Lunatic asylums in Bengal annual reports 1899-1911 - 1899-1911
Year: 1899
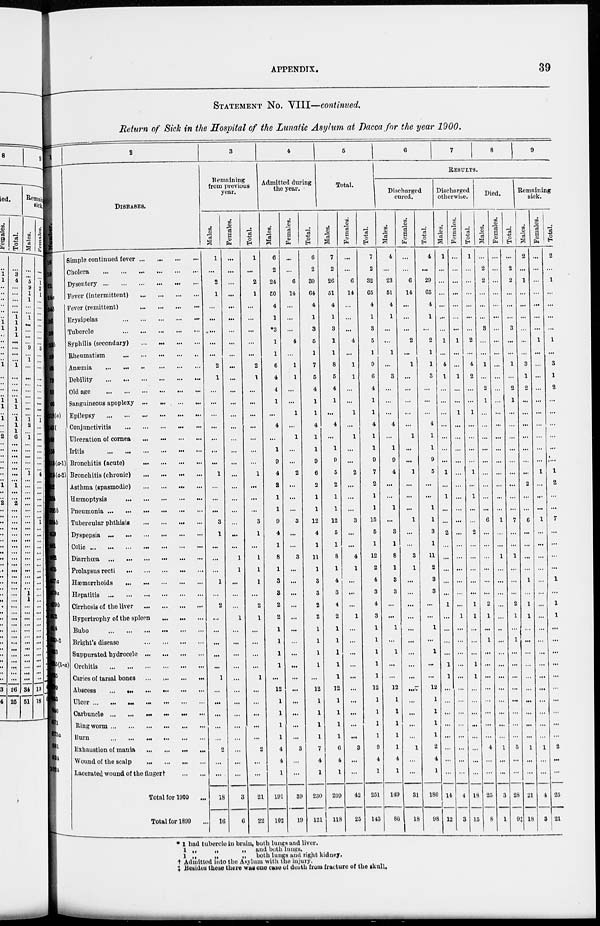
APPENDIX.
39
STATEMENT NO. VIII—continued.
Return of Sick in the Hospital of the Lunatic Asylum at Dacca for the year 1900.
1
Number.
16
18
21
24a
24b
26
30
33b
59
68
79
80
96
118(a)
143(b)
149
156
3l5(a-1)
315(a-2)
322
324
326b
334b
419
461
462
475
477a
479a
479b
512
514
539-2
623
625(1-a)
635
639
643
846
871
873a
881
944
1024
2
DISEASES.
Simple continued fever
...
...
...
...
Cholera
...
...
...
...
...
...
...
Dysentery ... ... ... ... ... ...
Fever (intermittent)
...
...
...
...
Fever (remittent)
...
...
...
...
...
Erysipelas
...
...
...
...
...
Tubercle
...
...
...
...
...
Syphilis (secondary)
...
...
...
...
Rheumatism
...
...
...
...
...
...
Anæmia
...
...
...
...
...
...
Debility
...
...
...
...
...
...
Old age
...
...
...
...
...
...
Sanguineous apoplexy ... ... ... ... ...
Epilepsy ... ... ... ... ... ...
Conjunctivitis
...
...
...
...
...
Ulceration of cornea
...
...
...
...
Iritis
...
...
...
...
...
Bronchitis (acute)
...
...
...
...
Bronchitis (chronic)
...
...
...
...
Asthma (spasmodic) ... ... ... ...
Hæmoptysis
...
...
...
...
...
Pneumonia ... ... ... ... ... ... ...
Tubercular phthisis
...
...
...
Dyspepsia ... ... ... ... ... ... ...
Colic
...
...
...
...
...
...
...
Diarrhœa ... ... ... ... ... ... ...
Prolapsus recti
...
...
...
...
...
Hæmorrhoids
...
...
...
...
...
Hepatitis
...
...
...
...
...
...
Cirrhosis of the liver
...
...
...
...
Hypertrophy of the spleen
...
...
...
Bubo ... ... ... ... ... ...
Bright's disease
...
...
...
...
Suppurated hydrocele
...
...
...
...
Orchitis
...
...
...
...
...
...
Caries of tarsal bones ... ... ... ...
Abscess
...
...
...
...
...
...
Ulcer
...
...
...
...
...
...
Carbuncle
...
...
...
...
...
...
Ringworm
...
...
...
...
...
...
Burn
...
...
...
...
...
...
Exhaustion of mania
...
...
...
...
Wound of the scalp
...
...
...
...
Lacerated wound of the Anger†
...
...
Total for 1900 ...
Total for 1899 ...
3
Remaining
from previous
year.
Males.
1
...
2
1
...
...
...
...
...
2
1
...
...
...
...
...
...
...
1
...
...
...
3
1
...
...
...
1
...
2
...
...
...
...
...
1
...
...
...
...
...
2
...
...
18
16
Females.
...
...
...
...
...
...
...
...
...
...
...
...
...
...
...
...
...
...
...
...
...
...
...
...
...
1
1
...
...
...
1
...
...
...
...
...
...
...
...
...
...
...
...
...
3
6
Total.
1
...
2
1
...
...
...
...
...
2
1
...
...
...
...
...
...
...
1
...
...
...
3
1
...
1
1
1
...
2
1
...
...
...
...
1
...
...
...
...
...
2
...
...
21
22
4
Admitted during
the year.
Males.
6
2
24
50
4
1
*3
1
1
6
4
4
1
...
4
...
1
9
4
2
1
1
9
4
1
8
1
3
3
2
2
1
1
1
1
...
12
1
1
1
1
4
4
1
191
102
Females.
...
...
6
14
...
...
...
4
...
1
1
...
...
1
...
1
...
...
2
...
...
...
3
...
...
3
...
...
...
...
...
...
...
...
...
...
...
...
...
...
...
3
...
...
39
19
Total.
6
2
30
64
4
1
3
5
1
7
5
4
1
1
4
1
1
9
6
2
1
1
12
4
1
11
1
3
3
2
2
1
1
1
1
...
12
1
1
1
1
7
4
1
230
121
5
Total.
Males.
7
2
26
61
4
1
3
1
1
8
5
4
1
...
4
...
1
9
5
2
1
1
12
5
1
8
1
4
3
4
2
1
1
1
1
1
12
1
1
1
1
6
4
1
209
118
Females.
...
...
6
14
...
...
...
4
...
1
1
...
...
1
...
1
...
...
2
...
...
...
3
...
...
4
1
...
...
...
1
...
...
...
...
...
...
...
...
...
...
3
...
...
42
25
Total.
7
2
32
65
4
1
3
5
1
9
6
4
1
1
4
1
1
9
7
2
1
1
15
5
1
12
2
4
3
4
3
1
1
1
1
1
12
1
1
1
1
9
4
1
251
143
6
7
8
9
RESULTS.
Discharged
cured.
Males.
4
...
23
51
4
1
...
...
1
...
3
...
...
...
4
...
1
9
4
...
...
1
...
3
1
8
1
3
3
...
...
1
...
1
...
...
12
1
1
1
1
1
4
1
149
80
Females.
...
...
6
14
...
...
...
2
...
1
...
...
...
...
...
1
...
...
1
...
...
...
1
...
...
3
1
...
...
...
...
...
...
...
...
...
...
...
...
...
...
1
...
...
31
18
Total.
4
...
29
65
4
1
...
2
1
1
3
...
...
...
4
1
1
9
5
...
...
1
1
3
1
11
2
3
3
...
...
1
...
1
...
...
12
1
1
1
1
2
4
1
180
98
Discharged
otherwise.
Males.
1
...
...
...
...
...
...
1
...
4
1
...
...
...
...
...
...
...
1
...
1
...
...
2
...
...
...
...
...
1
...
...
...
...
1
1
...
...
...
...
...
...
...
...
14
12
Females.
...
...
...
...
...
...
...
1
...
...
1
...
...
1
...
...
...
...
...
...
...
...
...
...
...
...
...
...
...
...
1
...
...
...
...
...
...
...
...
...
...
...
...
...
4
3
Total.
1
...
...
...
...
...
...
2
...
4
2
...
...
1
...
...
...
...
1
...
1
...
...
2
...
...
...
...
...
1
1
...
...
...
1
1
...
...
...
...
...
...
...
...
18
15
Died.
Males.
...
2
2
...
...
...
3
...
...
1
...
2
1
...
...
...
...
...
...
...
...
...
6
...
...
...
...
...
...
2
1
...
1
...
...
...
...
...
...
...
...
4
...
...
25
8
Females.
...
...
...
...
...
...
...
...
...
...
...
...
...
...
...
...
...
...
...
...
...
...
1
...
...
1
...
...
...
...
...
...
...
...
...
...
...
...
...
...
...
1
...
...
3
1
Total.
...
2
2
...
...
...
3
...
...
1
...
2
1
...
...
...
...
...
...
...
...
...
7
...
...
1
...
...
...
2
1
...
1
...
...
...
...
...
...
...
...
5
...
...
28
9‡
Remaining
sick.
Males.
2
...
1
...
...
...
...
...
...
3
1
2
...
...
...
...
...
...
...
2
...
...
6
...
...
...
...
1
...
1
1
...
...
...
...
...
...
...
...
...
1
...
...
21
18
Females.
...
...
...
...
...
...
...
1
...
...
...
...
...
...
...
...
...
...
1
...
...
...
1
...
...
...
...
...
...
...
...
...
...
...
...
...
...
...
...
...
...
1
...
...
4
3
Total.
2
...
1
...
...
...
...
1
...
3
1
2
...
...
...
...
...
...
1
2
...
...
7
...
...
...
...
1
...
1
1
...
...
...
...
...
...
...
...
...
...
2
...
...
25
21
* 1 had tubercle in brain, both lungs and liver.
1 „
„
„
and both lungs.
1 „
„
„
both lungs and right kidney.
† Admitted into the Asylum with the injury.
‡ Besides these there was one case of death from fracture of the skull.